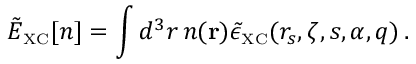
\tilde { E } _ { \scriptscriptstyle \mathrm { X C } } [ n ] = \int d ^ { 3 } r \, n ( { \bf r } ) \tilde { \epsilon } _ { \scriptscriptstyle \mathrm { X C } } ( r _ { s } , \zeta , s , \alpha , q ) \, .